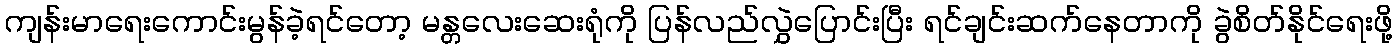
ကျန်းမာရေးကောင်းမွန်ခဲ့ရင်တော့ မန္တလေးဆေးရုံကို ပြန်လည်လွှဲပြောင်းပြီး ရင်ချင်းဆက်နေတာကို ခွဲစိတ်နိုင်ရေးဖို့